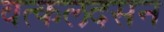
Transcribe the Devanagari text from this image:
वत्कलदसन